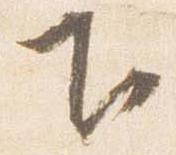
下